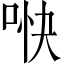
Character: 𫪎